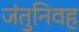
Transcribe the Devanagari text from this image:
जंतुनिवह